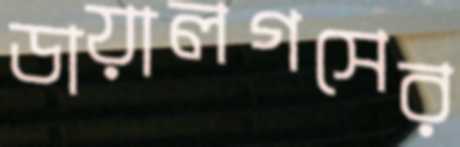
ডায়ালগসের